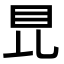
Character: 𥄀